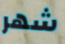
شهر